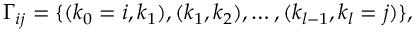
\Gamma _ { i j } = \{ ( k _ { 0 } = i , k _ { 1 } ) , ( k _ { 1 } , k _ { 2 } ) , \ldots , ( k _ { l - 1 } , k _ { l } = j ) \} ,